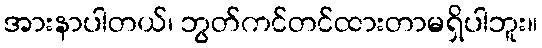
အားနာပါတယ်၊ ဘွတ်ကင်တင်ထားတာမရှိပါဘူး။